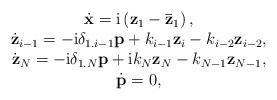
LaTeX: \begin{align*}\begin{array}{c}\dot{\bf x}={\rm i}\left({\bf z}_1-{\bf{\bar z}}_1\right),\\\dot{\bf z}_{i-1}=-{\rm i}\delta_{1.i-1}{\bf p}+k_{i-1}{\bf z}_{i}-k_{i-2}{\bf z}_{i-2},\\\dot{\bf z}_{N}=-{\rm i}\delta_{1.N}{\bf p}+{\rm i}k_{N}{\bf z}_{N}-k_{N-1}{\bf z}_{N-1},\\{\dot{\bf p}}=0,\end{array}\end{align*}